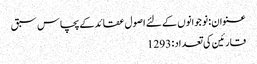
عنوان : نو جوانوں کے لئے اصول عقائدکے پچاس سبق
قارئین کی تعداد : 1293